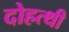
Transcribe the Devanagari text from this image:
दोहत्थी